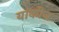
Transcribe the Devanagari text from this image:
यांकीज